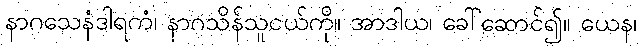
နာဂသေနံဒါရကံ၊ နာဂသိန်သူငယ်ကို။ အာဒါယ၊ ခေါ်ဆောင်၍။ ယေန၊